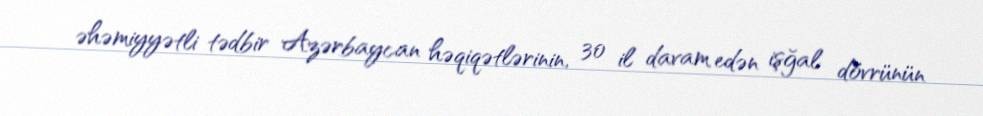
əhəmiyyətli tədbir Azərbaycan həqiqətlərinin, 30 il davam edən işğal dövrünün